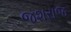
જશરાજ